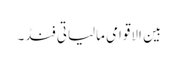
بین الاقوامی مالیاتی فنڈ۔